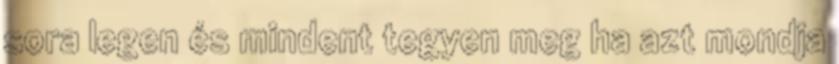
sora legen és mindent tegyen meg ha azt mondja